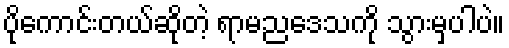
ပိုကောင်းတယ်ဆိုတဲ့ ရာမညဒေသကို သွားမှပါပဲ။